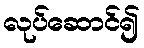
လုပ်ဆောင်၍